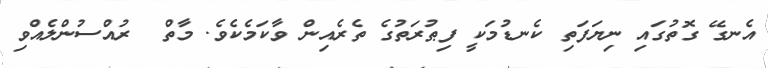
އެނގޭ ގޮތުގައި ނިޔަފަތި ކެނޑުމަކީ ފިޠުރަތުގެ ތެރެއިން ވާކަމެކެވެ. މާތް  ރުއްސުންލެއްވި